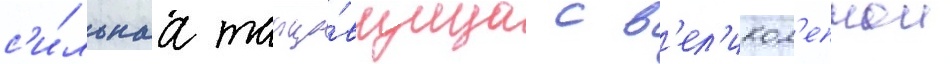
с'и́льнаа танцо́вщица с в'ел'икол'епнои